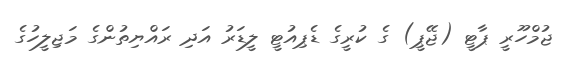
ޖުމްހޫރީ ޕާޓީ (ޖޭޕީ) ގެ ކުރީގެ ޑެޕިއުޓީ ލީޑަރު އަދި ރައްޔިތުންގެ މަޖިލީހުގެ